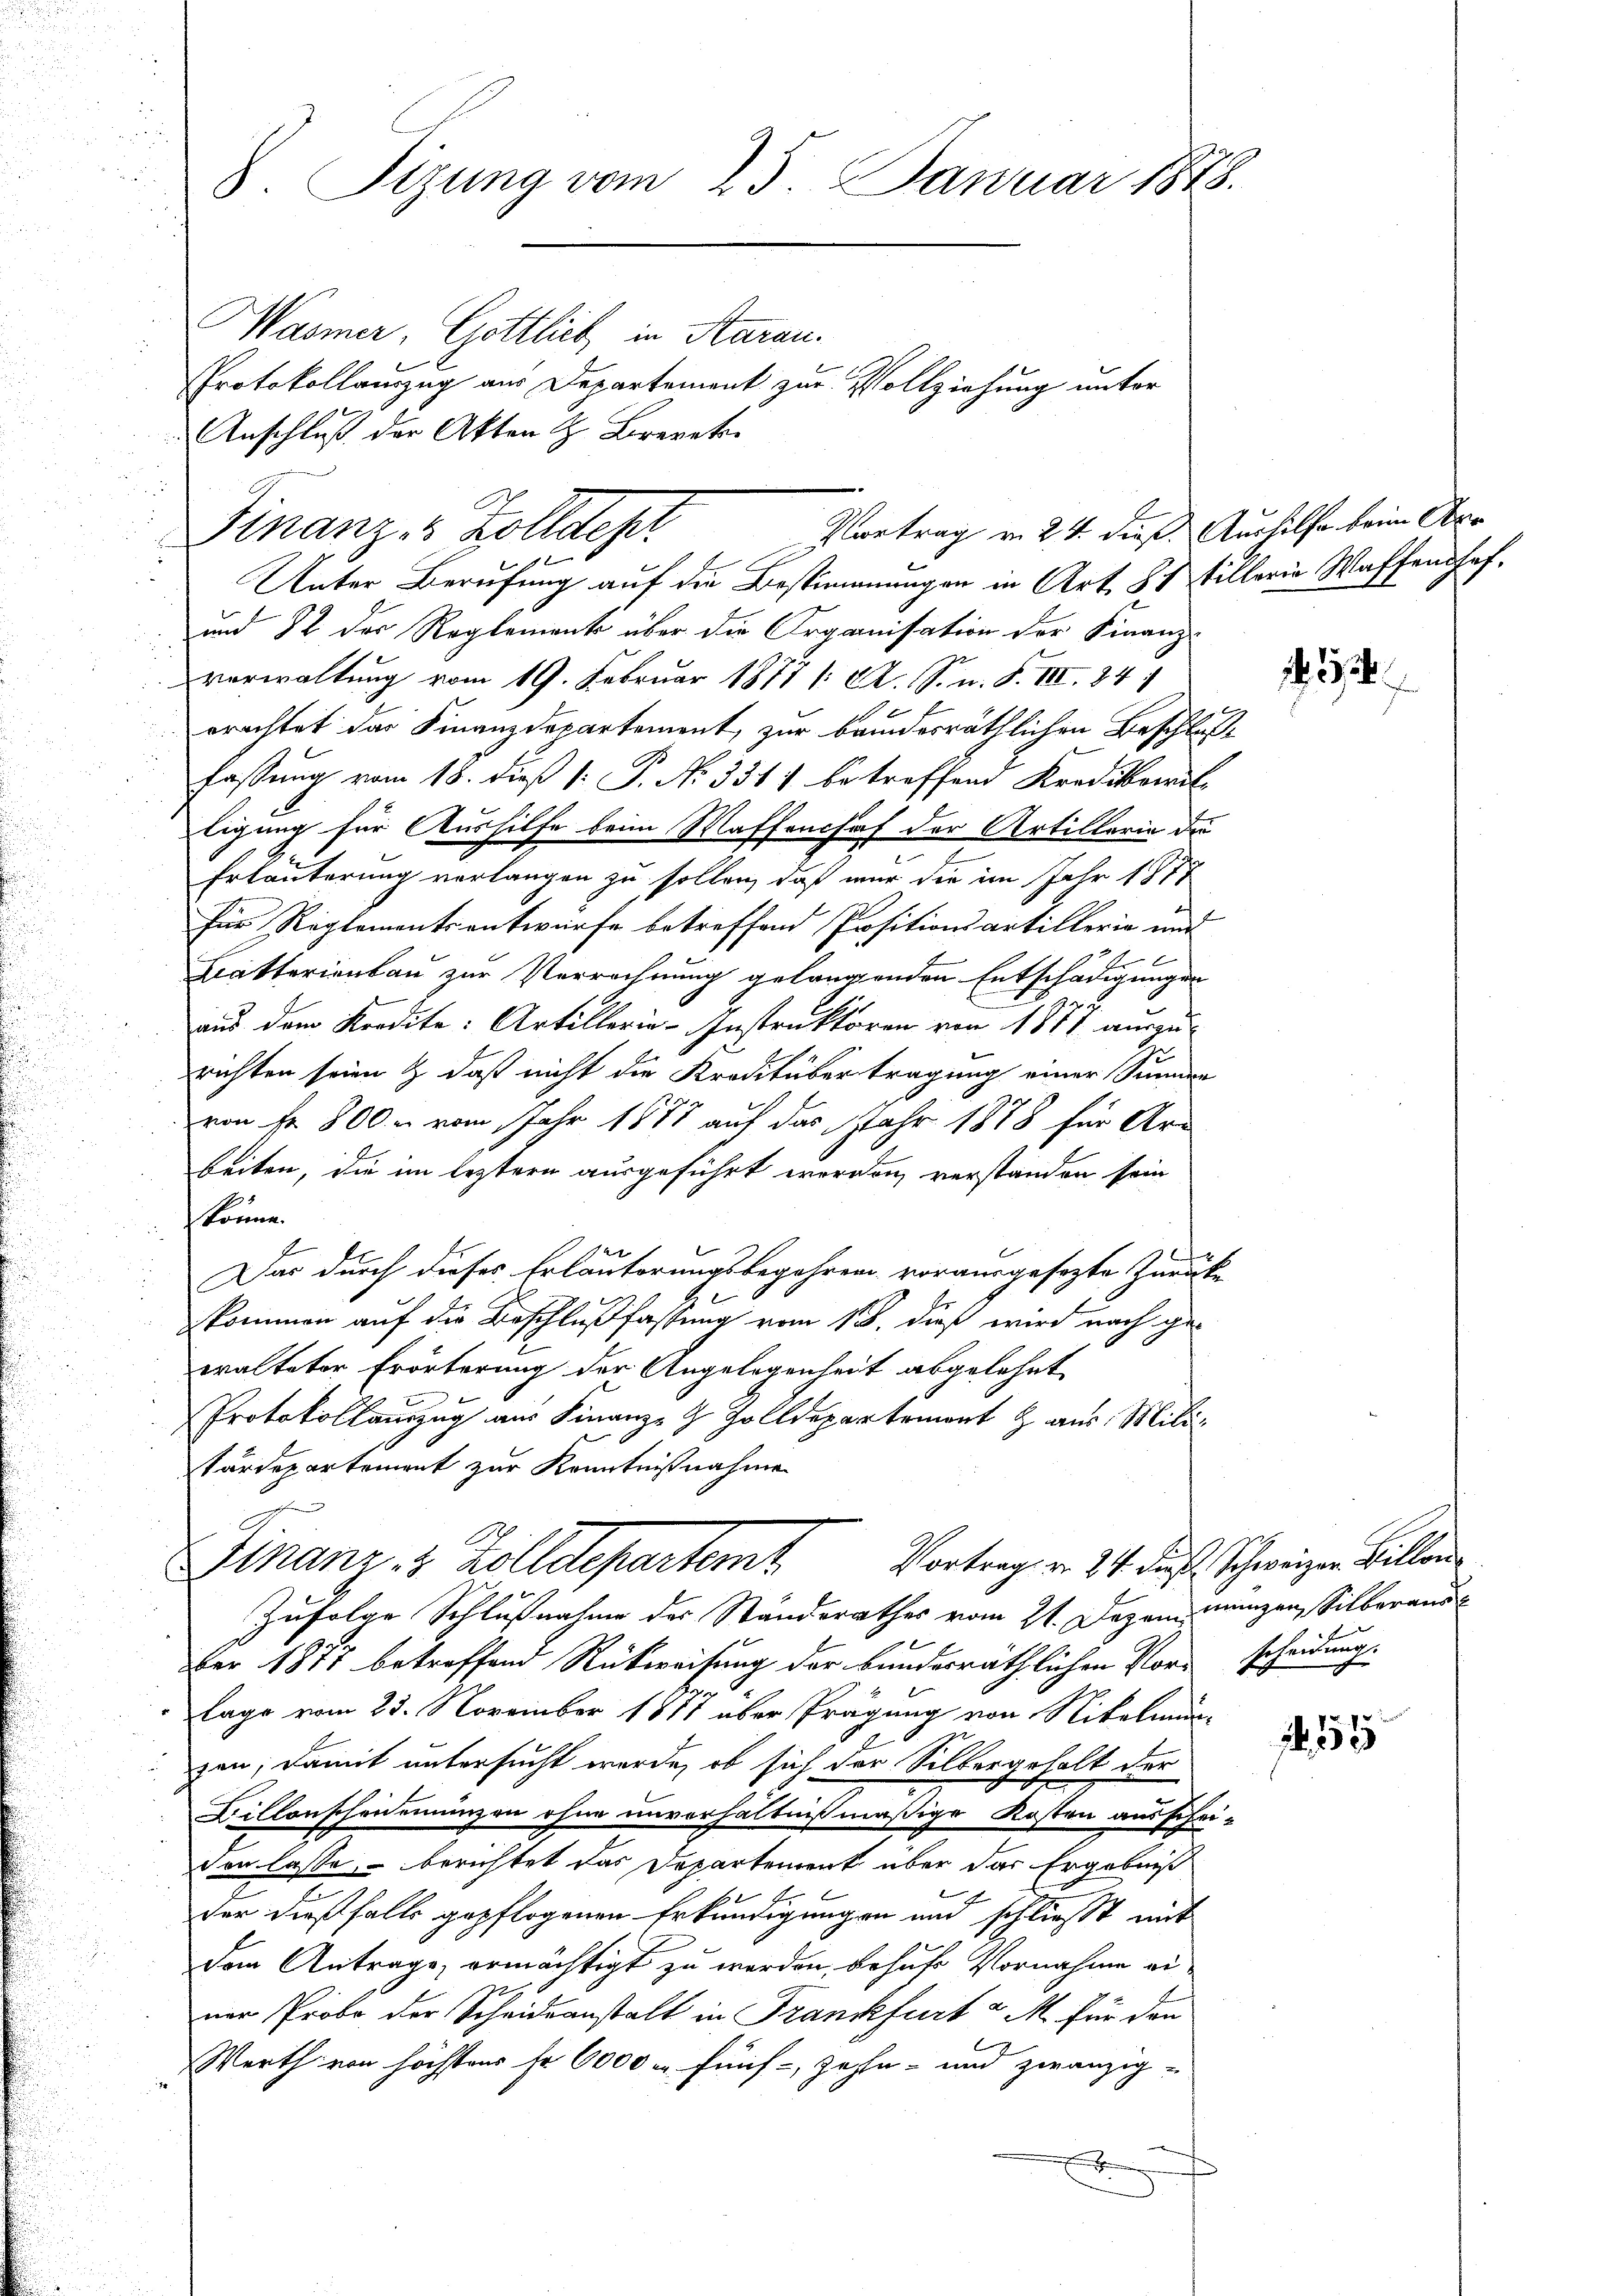
8 Sizung vom 25. Januar 1878.
Wasmer, Gottlich in Saran.
Protokollauszug aus Departement zur Vollziehung unter
Anschluß der Akten H. Brevet

Vortrag von 24 dieß Aushilfe beim Arr
Finanz- & Zolldepr

Unter Berufung auf die Bestimmungen in Art. 81 fillerin Waffendhof.
und 82 der Reglement über die Organisation der Finanz-
verwaltung vom 19. Februar 1877 1: A. S. n. F. III. 841
erachtet das Finanzdepartement, zur beiderräthlichen Beschlußfassung vom 18. dieß [: P. No. 351) betreffend Kreditoral-
ligung für Aushilfe beim Waffenchaf der Artillarie die
Erläuterung verlangen zu sollen, daß mir die im Jahr 1878
Für Reglementsentwurfe betreffend Positionsartillerie und
Katterienbau zur Verrechnung gelangenden Entschädigungen
aus dem Kredite: Artillerie-Instruktoren von 1877 auszu-
richten seien & daß nicht die Kreditübertragung einer Summen
von fr. 800. u vom Jahr 1871 auf das Jahr 1878 für Arbeiten, die im leztern ausgeführt werden verstanden sein
könne.
f
Das durch dieses Erläuterungsbegehren vorausgesezte Zurücke
kommen auf die Beschlußfassung vom 18. dieß wird nach gewalteter Erörterung der Angelegenheit abgelehnt
Protokollauszug aus Finanz- & Zolldepartemont & aus Militärdepartement zur Kenntnißnahme
s
Vortrag v. 24. dieß Schweizer Billon
Finanz, 2 Zolldepartemt
Zufolge Schlußnahme des Standerathes vom 21. Dezem mangen, Silberaus
ber 1877 betreffend Rückweisung der bundesräthlichen Vorscheidungs
lage vom 23. November 1877 über Prägung von Nitelmun-
zen; damit untersucht werde, ob sich der Silbergehalt der
Billonscheneinungen ohne unverhältnißmäßige Kosten ausschei-
von lasse berichtet das Departement über das Ergebniß
bemer
der dießfalls gepflogenen Erkundigungen und schließt mit
dem Antrage, ermächtigt zu werden, behufs Vornahme ei
ner Probo der Scheideanstalt in Frankfurt a M. für den
Werth von höchstens sr 6000 r fünf zehn- und zwanzig-
.

2